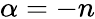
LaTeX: \alpha=-n